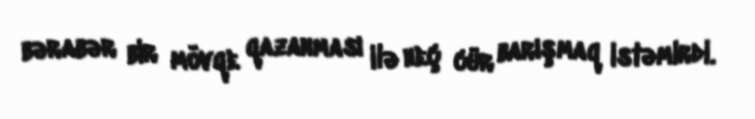
bərabər bir mövqe qazanması ilə heç cür barışmaq istəmirdi.